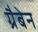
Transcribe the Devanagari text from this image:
ग्रैबेन